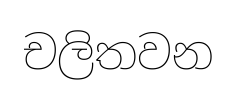
චලිතවන